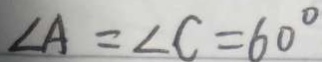
\angle A = \angle C = 6 0 ^ { \circ }